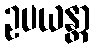
ဥပယန္တာ